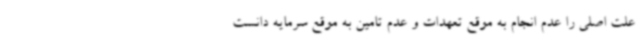
علت اصلی را عدم انجام به موقع تعهدات و عدم تامین به موقع سرمایه دانست